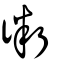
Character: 𧗱